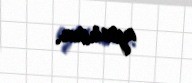
aparsın.